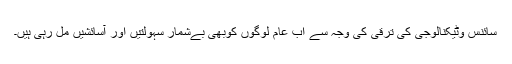
سائنس وٹیکنالوجی کی ترقی کی وجہ سے اب عام لوگوں کوبھی بےشمار سہولتیں اور آسائشیں مل رہی ہیں۔